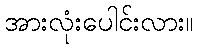
အားလုံးပေါင်းလား။